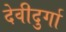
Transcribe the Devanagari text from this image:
देवीदुर्गा